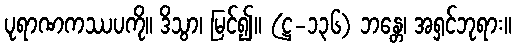
ပုရာဏကဿပကို။ ဒိသွာ၊ မြင်၍။ (ဋ္ဌ-၁၃၆) ဘန္တေ၊ အရှင်ဘုရား။